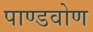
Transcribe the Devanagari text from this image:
पाण्डवोण